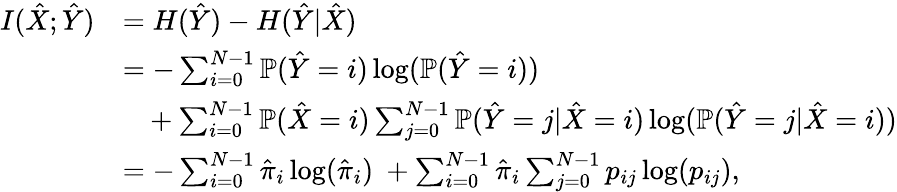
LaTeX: \begin{array}{rl}{I(\hat{X};\hat{Y})}&{=H(\hat{Y})-H(\hat{Y}|\hat{X})}\\ &{=-\sum_{i=0}^{N-1}\mathbb{P}(\hat{Y}=i)\log(\mathbb{P}(\hat{Y}=i))}\\ &{~~~+\sum_{i=0}^{N-1}\mathbb{P}(\hat{X}=i)\sum_{j=0}^{N-1}\mathbb{P}(\hat{Y}=j|\hat{X}=i)\log(\mathbb{P}(\hat{Y}=j|\hat{X}=i))}\\ &{=-\sum_{i=0}^{N-1}\hat{\pi}_{i}\log(\hat{\pi}_{i})~+\sum_{i=0}^{N-1}\hat{\pi}_{i}\sum_{j=0}^{N-1}p_{ij}\log(p_{ij}),}\end{array}